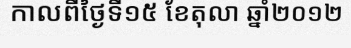
កាលពីថ្ងៃទី១៥ ខែតុលា ឆ្នាំ២០១២